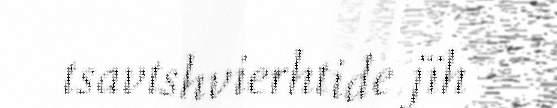
tsavtshvierhtide jïh